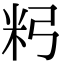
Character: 𥸲